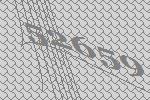
52659